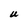
Character: U